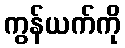
ကွန်ယက်ကို